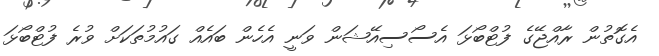
އެގޮތުން ރާއްޖޭގެ ފުޓްބޯޅަ އެސޯސިއޭޝަން ވަނީ އެހެން ބައެއް ގައުމުތަކަށް ވުރެ ފުޓްބޯޅަ